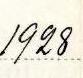
1928